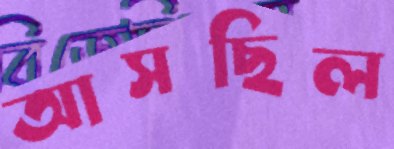
আসছিল